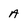
Character: A